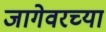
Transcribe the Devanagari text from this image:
जागेवरच्या